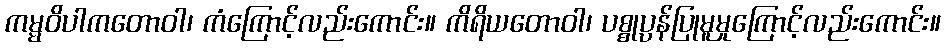
ကမ္မဝိပါကတောဝါ၊ ကံကြောင့်လည်းကောင်း။ ကိရိယတောဝါ၊ ပစ္စုပ္ပန်ပြုမူမှုကြောင့်လည်းကောင်း။